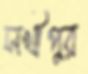
সখীপুর